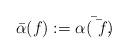
LaTeX: \begin{align*}\bar{\alpha}(f):=\bar{\alpha(\bar f)} .\end{align*}